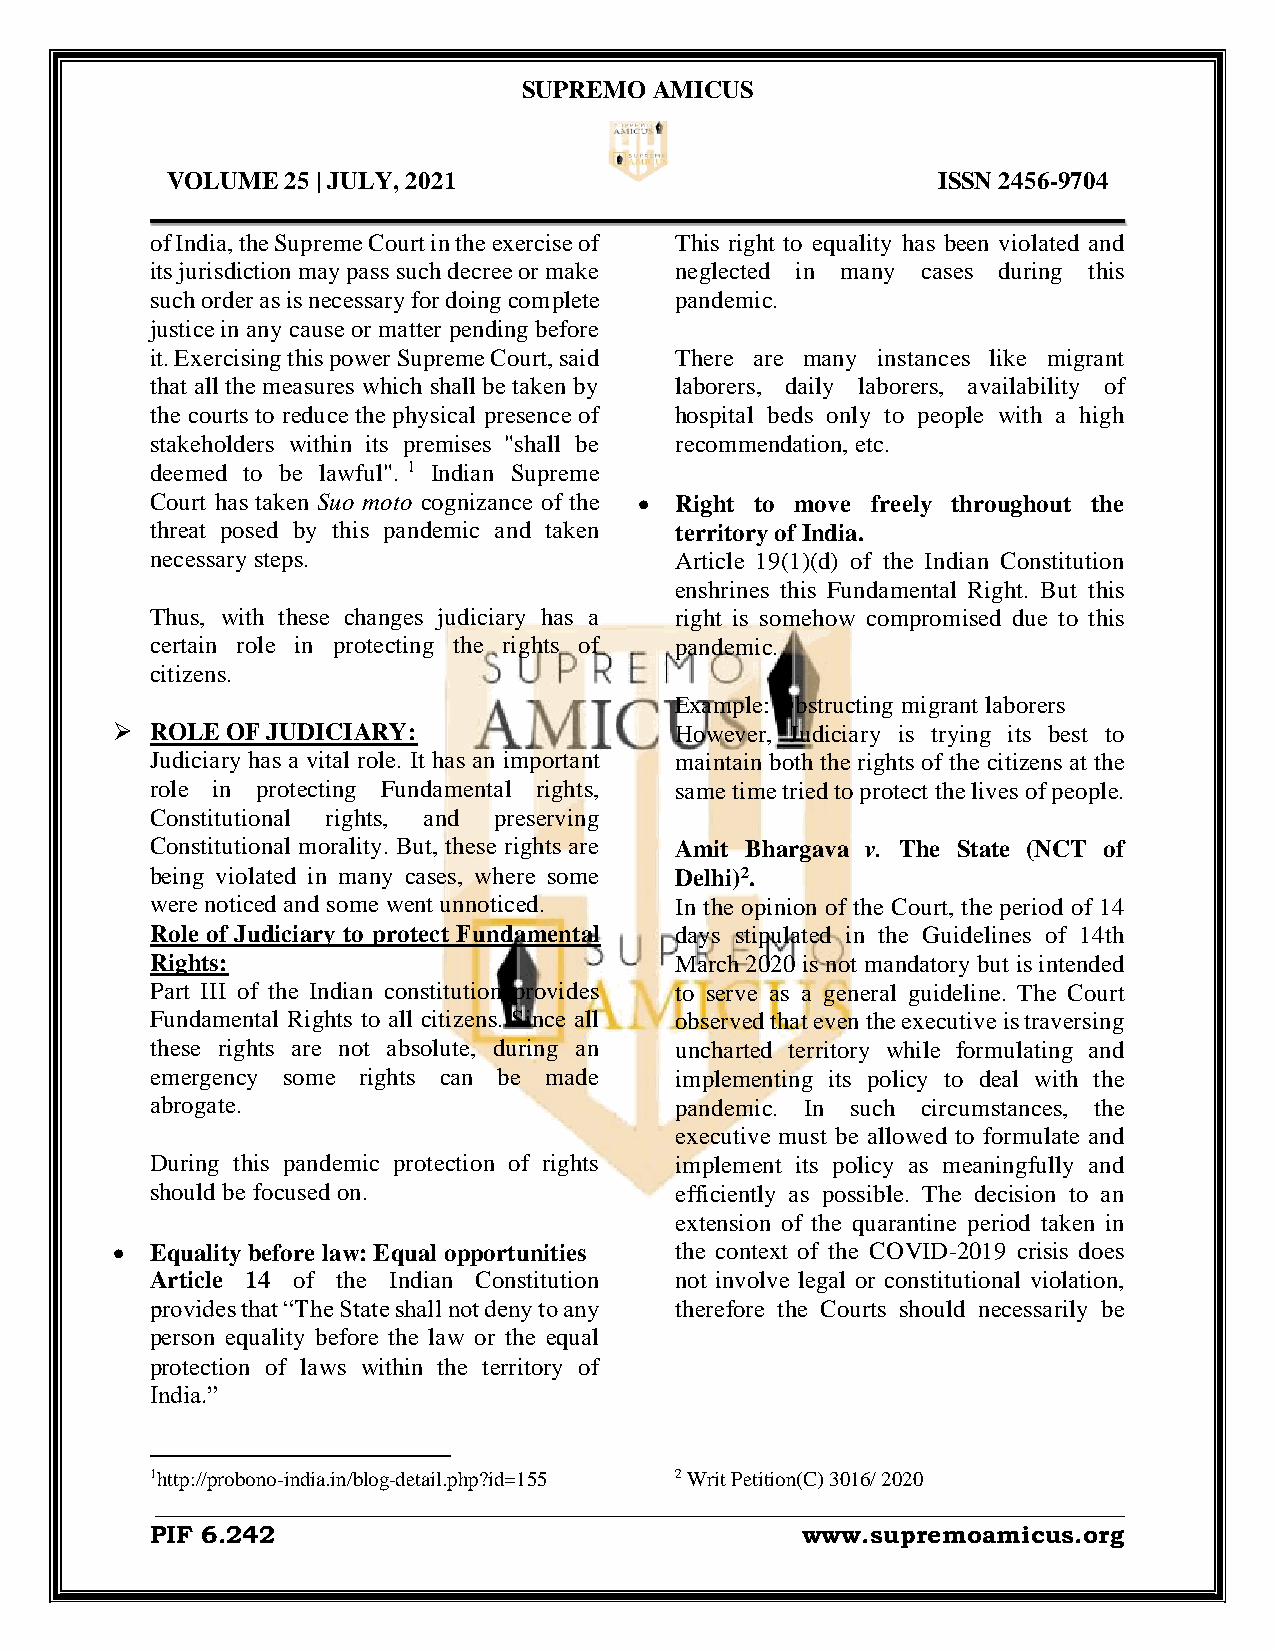
SUPREMO AMICUS
 VOLUME  25 | JULY, 2021                            ISSN 2456-9704
 ______________________________________________________________________________
 of India, the Supreme Court in the exercise of This right to equality has been violated and
 its jurisdiction may pass such decree or make neglected in many cases during this
 such order as is necessary for doing complete pandemic.
 justice in any cause or matter pending before
 it. Exercising this power Supreme Court, said There are many instances like migrant
 that all the measures which shall be taken by laborers, daily laborers, availability of
 the courts to reduce the physical presence of hospital beds only to people with a high
 stakeholders within its premises "shall be recommendation, etc.
 deemed to be lawful". 1 Indian Supreme
 Court has taken Suo moto cognizance of the  Right to move freely throughout the
 threat posed by this pandemic and taken territory of India.
 necessary steps.                   Article 19(1)(d) of the Indian Constitution
 enshrines this Fundamental Right. But this
 Thus, with these changes judiciary has a right is somehow compromised due to this
 certain role in protecting the rights of pandemic.
 citizens.
 Example: Obstructing migrant laborers
   ROLE OF JUDICIARY:                 However, Judiciary is trying its best to
 Judiciary has a vital role. It has an important maintain both the rights of the citizens at the
 role in protecting Fundamental rights, same time tried to protect the lives of people.
 Constitutional rights, and preserving
 Constitutional morality. But, these rights are Amit Bhargava v. The State (NCT of
 being violated in many cases, where some Delhi)2.
 were noticed and some went unnoticed. In the opinion of the Court, the period of 14
 Role of Judiciary to protect Fundamental days stipulated in the Guidelines of 14th
 Rights:                            March 2020 is not mandatory but is intended
 Part III of the Indian constitution provides to serve as a general guideline. The Court
 Fundamental Rights to all citizens. Since all observed that even the executive is traversing
 these rights are not absolute, during an uncharted territory while formulating and
 emergency some rights can be made  implementing its policy to deal with the
 abrogate.                          pandemic. In such circumstances, the
 executive must be allowed to formulate and
 During this pandemic protection of rights implement its policy as meaningfully and
 should be focused on.              efficiently as possible. The decision to an
 extension of the quarantine period taken in
   Equality before law: Equal opportunities the context of the COVID-2019 crisis does
 Article 14 of the Indian Constitution not involve legal or constitutional violation,
 provides that “The State shall not deny to any therefore the Courts should necessarily be
 person equality before the law or the equal
 protection of laws within the territory of
 India.”
 1http://probono-india.in/blog-detail.php?id=155 2 Writ Petition(C) 3016/ 2020
 _____________________________________________________________________________________
 PIF 6.242                                  www.supremoamicus.org